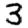
Digit: 3